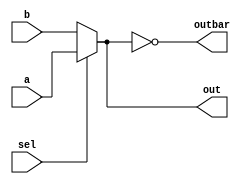
module mux_2_to_1(a, b, out,outbar, sel);
  input a, b, sel;
  output out, outbar;
  assign out = sel ? a : b;
  assign outbar = ~out;
endmodule